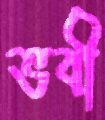
ভবী